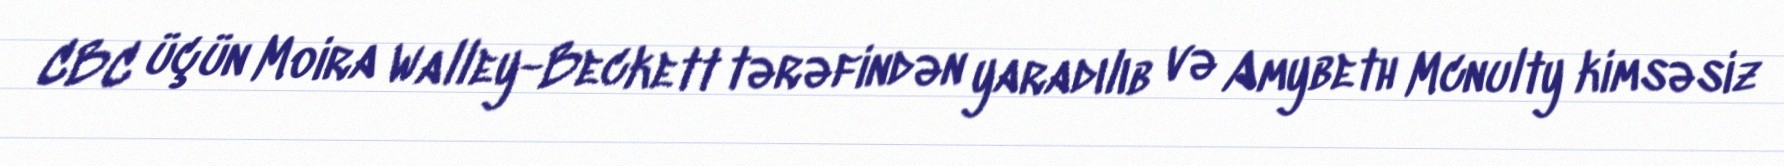
CBC üçün Moira Walley-Beckett tərəfindən yaradılıb və Amybeth Mcnulty kimsəsiz